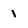
Character: 1